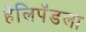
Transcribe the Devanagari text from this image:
हेलिपॅडला